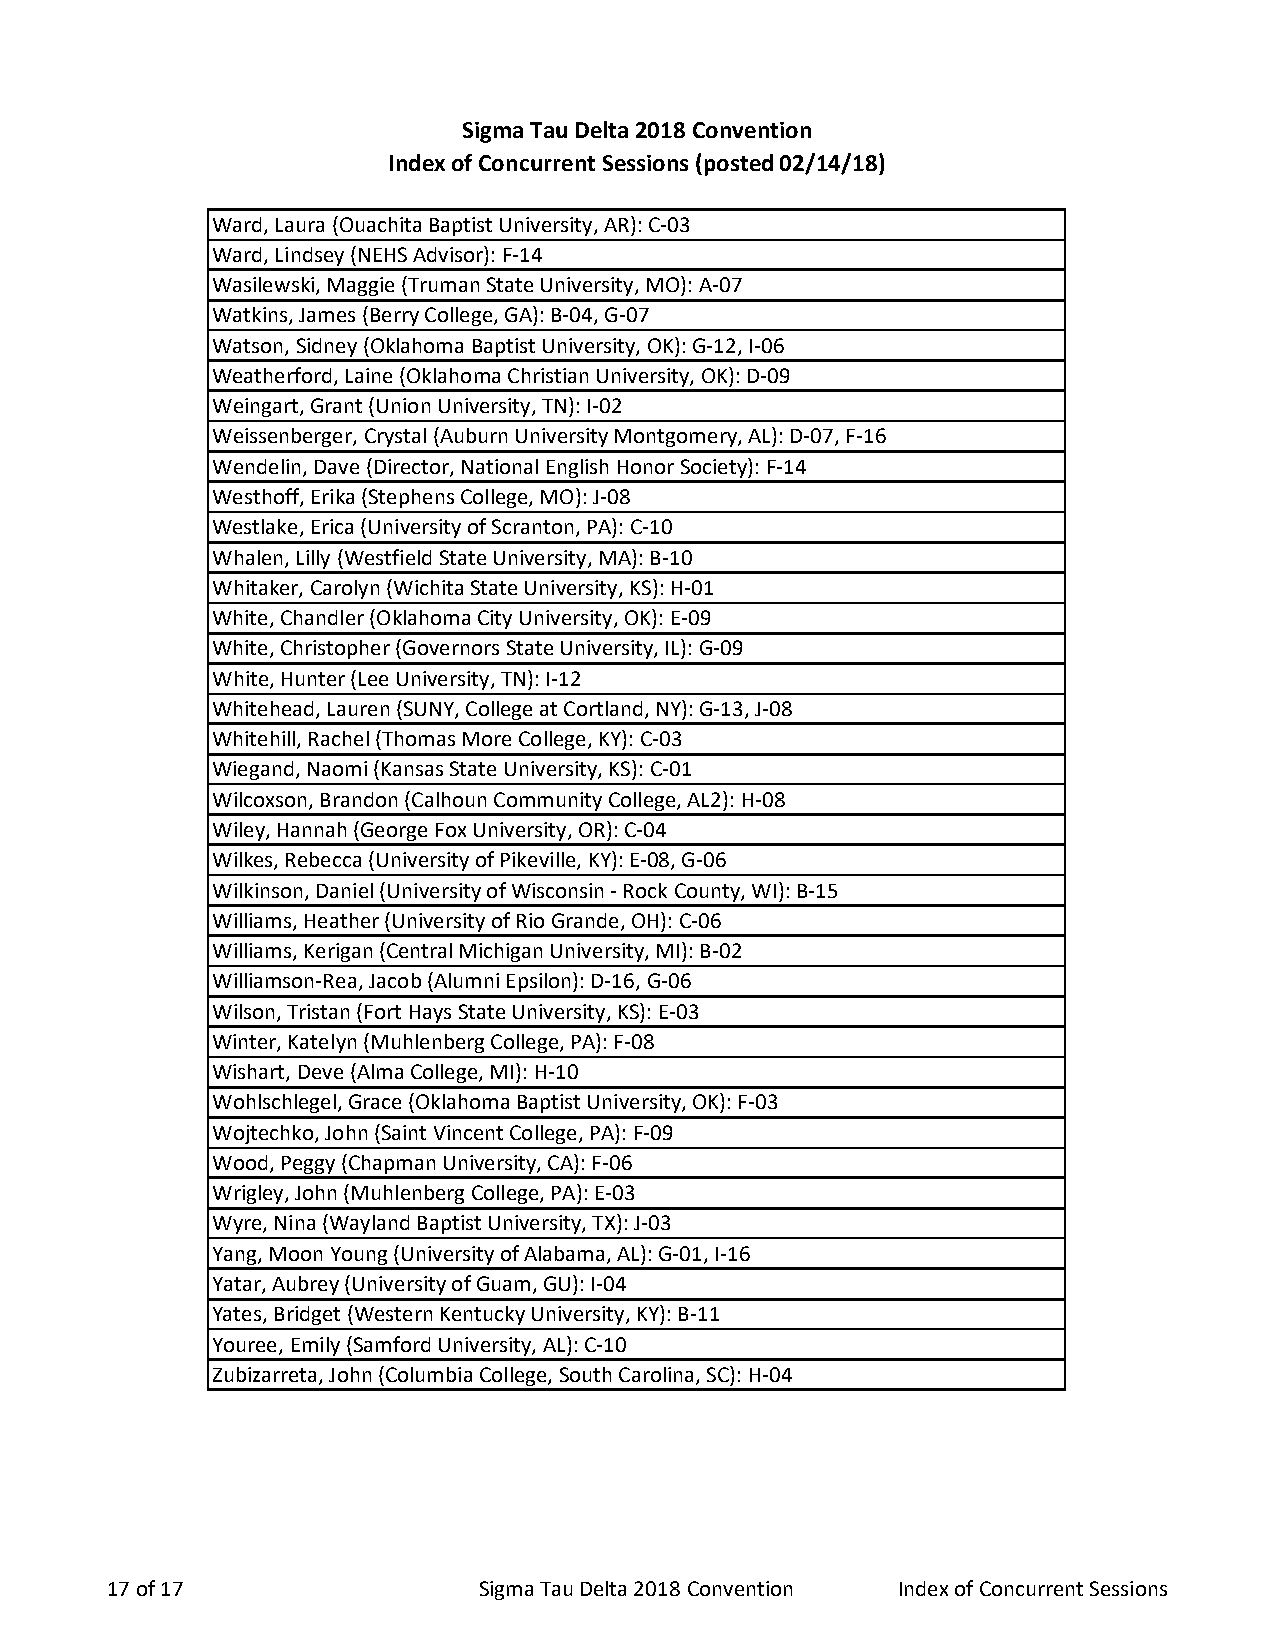
Sigma Tau Delta 2018 Convention
 Index of Concurrent Sessions (posted 02/14/18)
 Ward, Laura (Ouachita Baptist University, AR): C-03
 Ward, Lindsey (NEHS Advisor): F-14
 Wasilewski, Maggie (Truman State University, MO): A-07
 Watkins, James (Berry College, GA): B-04, G-07
 Watson, Sidney (Oklahoma Baptist University, OK): G-12, I-06
 Weatherford, Laine (Oklahoma Christian University, OK): D-09
 Weingart, Grant (Union University, TN): I-02
 Weissenberger, Crystal (Auburn University Montgomery, AL): D-07, F-16
 Wendelin, Dave (Director, National English Honor Society): F-14
 Westhoff, Erika (Stephens College, MO): J-08
 Westlake, Erica (University of Scranton, PA): C-10
 Whalen, Lilly (Westfield State University, MA): B-10
 Whitaker, Carolyn (Wichita State University, KS): H-01
 White, Chandler (Oklahoma City University, OK): E-09
 White, Christopher (Governors State University, IL): G-09
 White, Hunter (Lee University, TN): I-12
 Whitehead, Lauren (SUNY, College at Cortland, NY): G-13, J-08
 Whitehill, Rachel (Thomas More College, KY): C-03
 Wiegand, Naomi (Kansas State University, KS): C-01
 Wilcoxson, Brandon (Calhoun Community College, AL2): H-08
 Wiley, Hannah (George Fox University, OR): C-04
 Wilkes, Rebecca (University of Pikeville, KY): E-08, G-06
 Wilkinson, Daniel (University of Wisconsin - Rock County, WI): B-15
 Williams, Heather (University of Rio Grande, OH): C-06
 Williams, Kerigan (Central Michigan University, MI): B-02
 Williamson-Rea, Jacob (Alumni Epsilon): D-16, G-06
 Wilson, Tristan (Fort Hays State University, KS): E-03
 Winter, Katelyn (Muhlenberg College, PA): F-08
 Wishart, Deve (Alma College, MI): H-10
 Wohlschlegel, Grace (Oklahoma Baptist University, OK): F-03
 Wojtechko, John (Saint Vincent College, PA): F-09
 Wood, Peggy (Chapman University, CA): F-06
 Wrigley, John (Muhlenberg College, PA): E-03
 Wyre, Nina (Wayland Baptist University, TX): J-03
 Yang, Moon Young (University of Alabama, AL): G-01, I-16
 Yatar, Aubrey (University of Guam, GU): I-04
 Yates, Bridget (Western Kentucky University, KY): B-11
 Youree, Emily (Samford University, AL): C-10
 Zubizarreta, John (Columbia College, South Carolina, SC): H-04
 17 of 17                 Sigma Tau Delta 2018 Convention Index of Concurrent Sessions